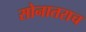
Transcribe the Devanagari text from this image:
सोनातराच